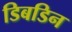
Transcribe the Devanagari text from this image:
डिबडिन